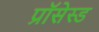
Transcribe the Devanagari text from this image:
प्रॉसेस्ड